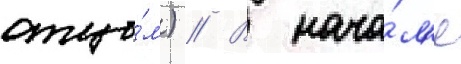
отцо́м) // В нача́л'е